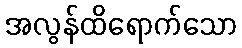
အလွန်ထိရောက်သော